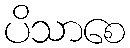
ပိသာစေ